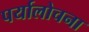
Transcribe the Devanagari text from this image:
पर्यालोचना